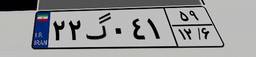
۲۷گ۱۲۷۹۷